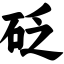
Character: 砭